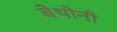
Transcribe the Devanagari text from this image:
बेथोनी